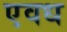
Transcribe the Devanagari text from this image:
एवध